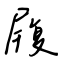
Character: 履